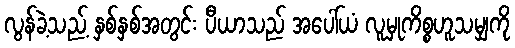
လွန်ခဲ့သည့် နှစ်နှစ်အတွင်း ပီယာသည် အပေါ်ယံ လူမှုကိစ္စဟူသမျှကို